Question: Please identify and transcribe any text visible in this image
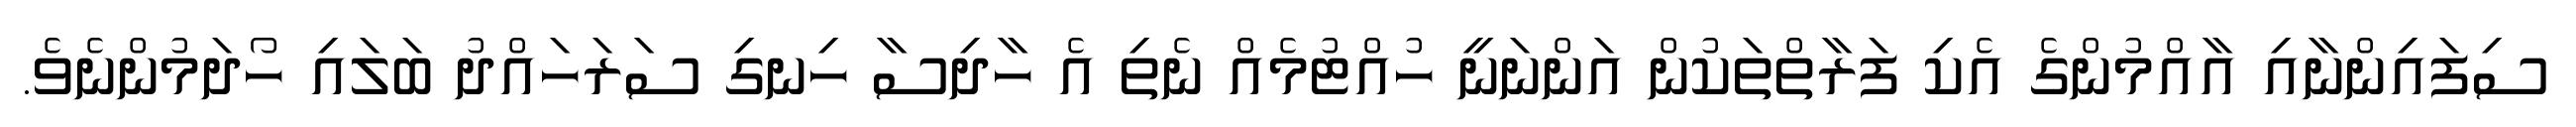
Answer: ސިފައިންނާއި އާއްމުންގެ އެކި ފަރާތްތަކުން އަންނަނީ ހުއްޓުމެއް ނެތި އެ ހާދިސާ ހިނގި ސަރަހައްދު ބަލައި ހޯދަމުންނެވެ.